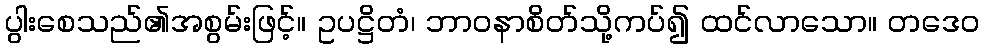
ပွါးစေသည်၏အစွမ်းဖြင့်။ ဥပဋ္ဌိတံ၊ ဘာဝနာစိတ်သို့ကပ်၍ ထင်လာသော။ တဒေဝ